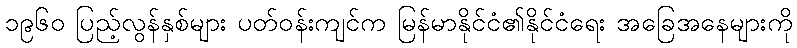
၁၉၆၀ ပြည့်လွန်နှစ်များ ပတ်ဝန်းကျင်က မြန်မာနိုင်ငံ၏နိုင်ငံရေး အခြေအနေများကို